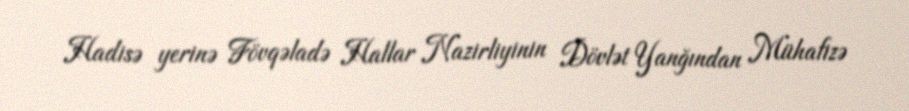
Hadisə yerinə Fövqəladə Hallar Nazirliyinin Dövlət Yanğından Mühafizə